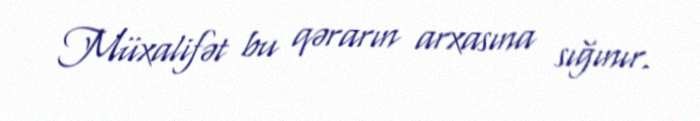
Müxalifət bu qərarın arxasına sığınır.